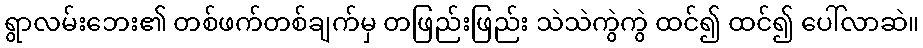
ရွာလမ်းဘေး၏ တစ်ဖက်တစ်ချက်မှ တဖြည်းဖြည်း သဲသဲကွဲကွဲ ထင်၍ ထင်၍ ပေါ်လာဆဲ။